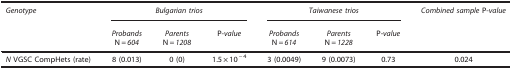
<table><thead><tr><td><b><i>Genotype</i></b></td><td colspan="3"><b><i>Bulgarian trios</i></b></td><td colspan="3"><b><i>Taiwanese trios</i></b></td><td><b><i>Combined sample</i> P-<i>value</i></b></td></tr><tr><td><b> </b></td><td><b><i>Probands</i>N=<i>604</i></b></td><td><b><i>Parents</i>N=<i>1208</i></b></td><td><b>P-<i>value</i></b></td><td><b><i>Probands</i>N=<i>614</i></b></td><td><b><i>Parents</i>N=<i>1228</i></b></td><td><b>P-<i>value</i></b></td><td><b> </b></td></tr></thead><tbody><tr><td><i>N</i> VGSC CompHets (rate)</td><td>8 (0.013)</td><td>0 (0)</td><td>1.5 × 10<sup>−4</sup></td><td>3 (0.0049)</td><td>9 (0.0073)</td><td>0.73</td><td>0.024</td></tr></tbody></table>